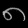
Digit: ၈